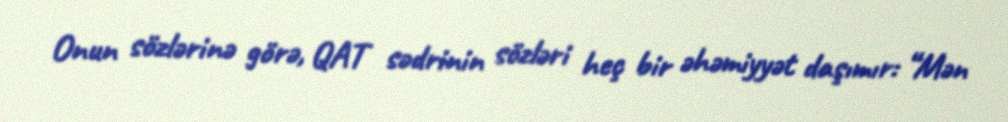
Onun sözlərinə görə, QAT sədrinin sözləri heç bir əhəmiyyət daşımır: “Mən